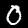
Digit: 0